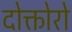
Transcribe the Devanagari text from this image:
दोक्तोरो